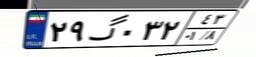
۹۰گ۰۲۲۹۶